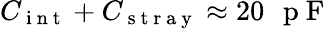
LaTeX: C_{\mathrm{~i~n~t~}}+C_{\mathrm{~s~t~r~a~y~}}\approx 20\mathrm{~\, ~p~F~}